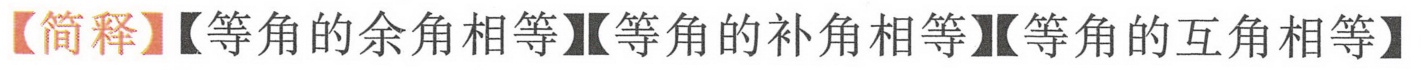
【简释】【等角的余角相等】【等角的补角相等】【等角的互角相等】